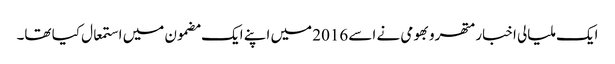
ایک ملیالی اخبار متھرو بھومی نے اسے 2016 میں اپنے ایک مضمون میں استمعال کیا تھا۔